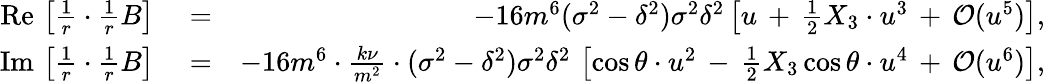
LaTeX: \begin{array}{rlr}{\mathrm{Re}\, \left[\frac{1}{r}\cdot\frac{1}{r}B\right]}&{{}=}&{-16m^{6}(\sigma^{2}-\delta^{2})\sigma^{2}\delta^{2}\left[u\, +\, \frac{1}{2}X_{3}\cdot u^{3}\, +\, {\cal O}(u^{5})\right],}\\ {\mathrm{Im}\, \left[\frac{1}{r}\cdot\frac{1}{r}B\right]}&{{}=}&{-16m^{6}\cdot\frac{k\nu}{m^{2}}\cdot(\sigma^{2}-\delta^{2})\sigma^{2}\delta^{2}\, \left[\cos\theta\cdot u^{2}\, -\, \frac{1}{2}X_{3}\cos\theta\cdot u^{4}\, +\, {\cal O}(u^{6})\right],}\end{array}